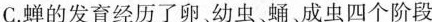
C.蝉的发育经历了卵，幼虫蛹、成虫四个阶段